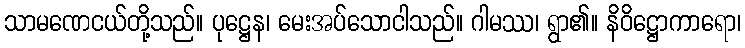
သာမဏေငယ်တို့သည်။ ပုဋ္ဌေန၊ မေးအပ်သောငါသည်။ ဂါမဿ၊ ရွာ၏။ နိဝိဋ္ဌောကာရော၊